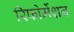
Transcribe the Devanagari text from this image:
रिफोर्मेशन